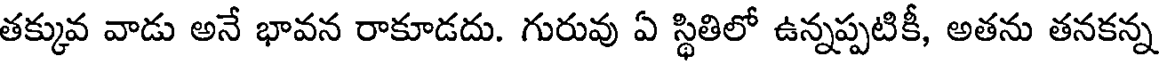
తక్కువ వాడు అనే భావన రాకూడదు. గురువు ఏ స్థితిలో ఉన్నప్పటికీ, అతను తనకన్న